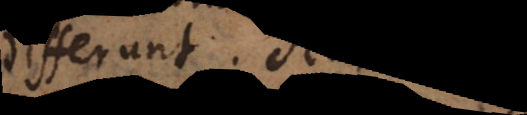
differunt. Sed